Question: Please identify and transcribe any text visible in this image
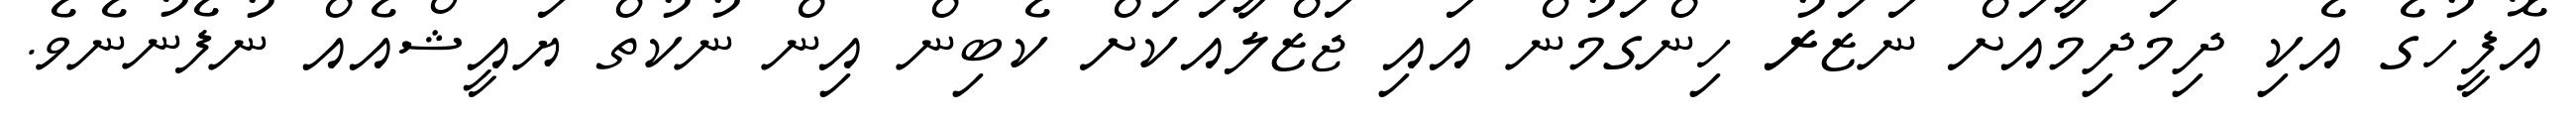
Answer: އޮފީހުގެ އެކި ދިމަދިމާއަށް ނަޒަރު ހިންގަމުން އައި ޖަޒްލާއަކަށް ކެބިން އިން ނުކުތް ޔައީޝްއެއް ނުފެނުނެވެ.